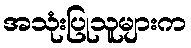
အသုံးပြုသူများက